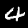
Digit: 4